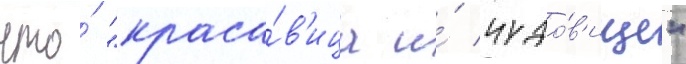
что́ "краса́в'ица и́ чудо́в'ище"